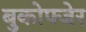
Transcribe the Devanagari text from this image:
बुकोफ्जेर